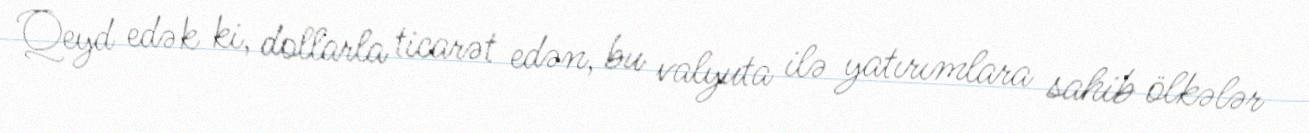
Qeyd edək ki, dollarla ticarət edən, bu valyuta ilə yatırımlara sahib ölkələr